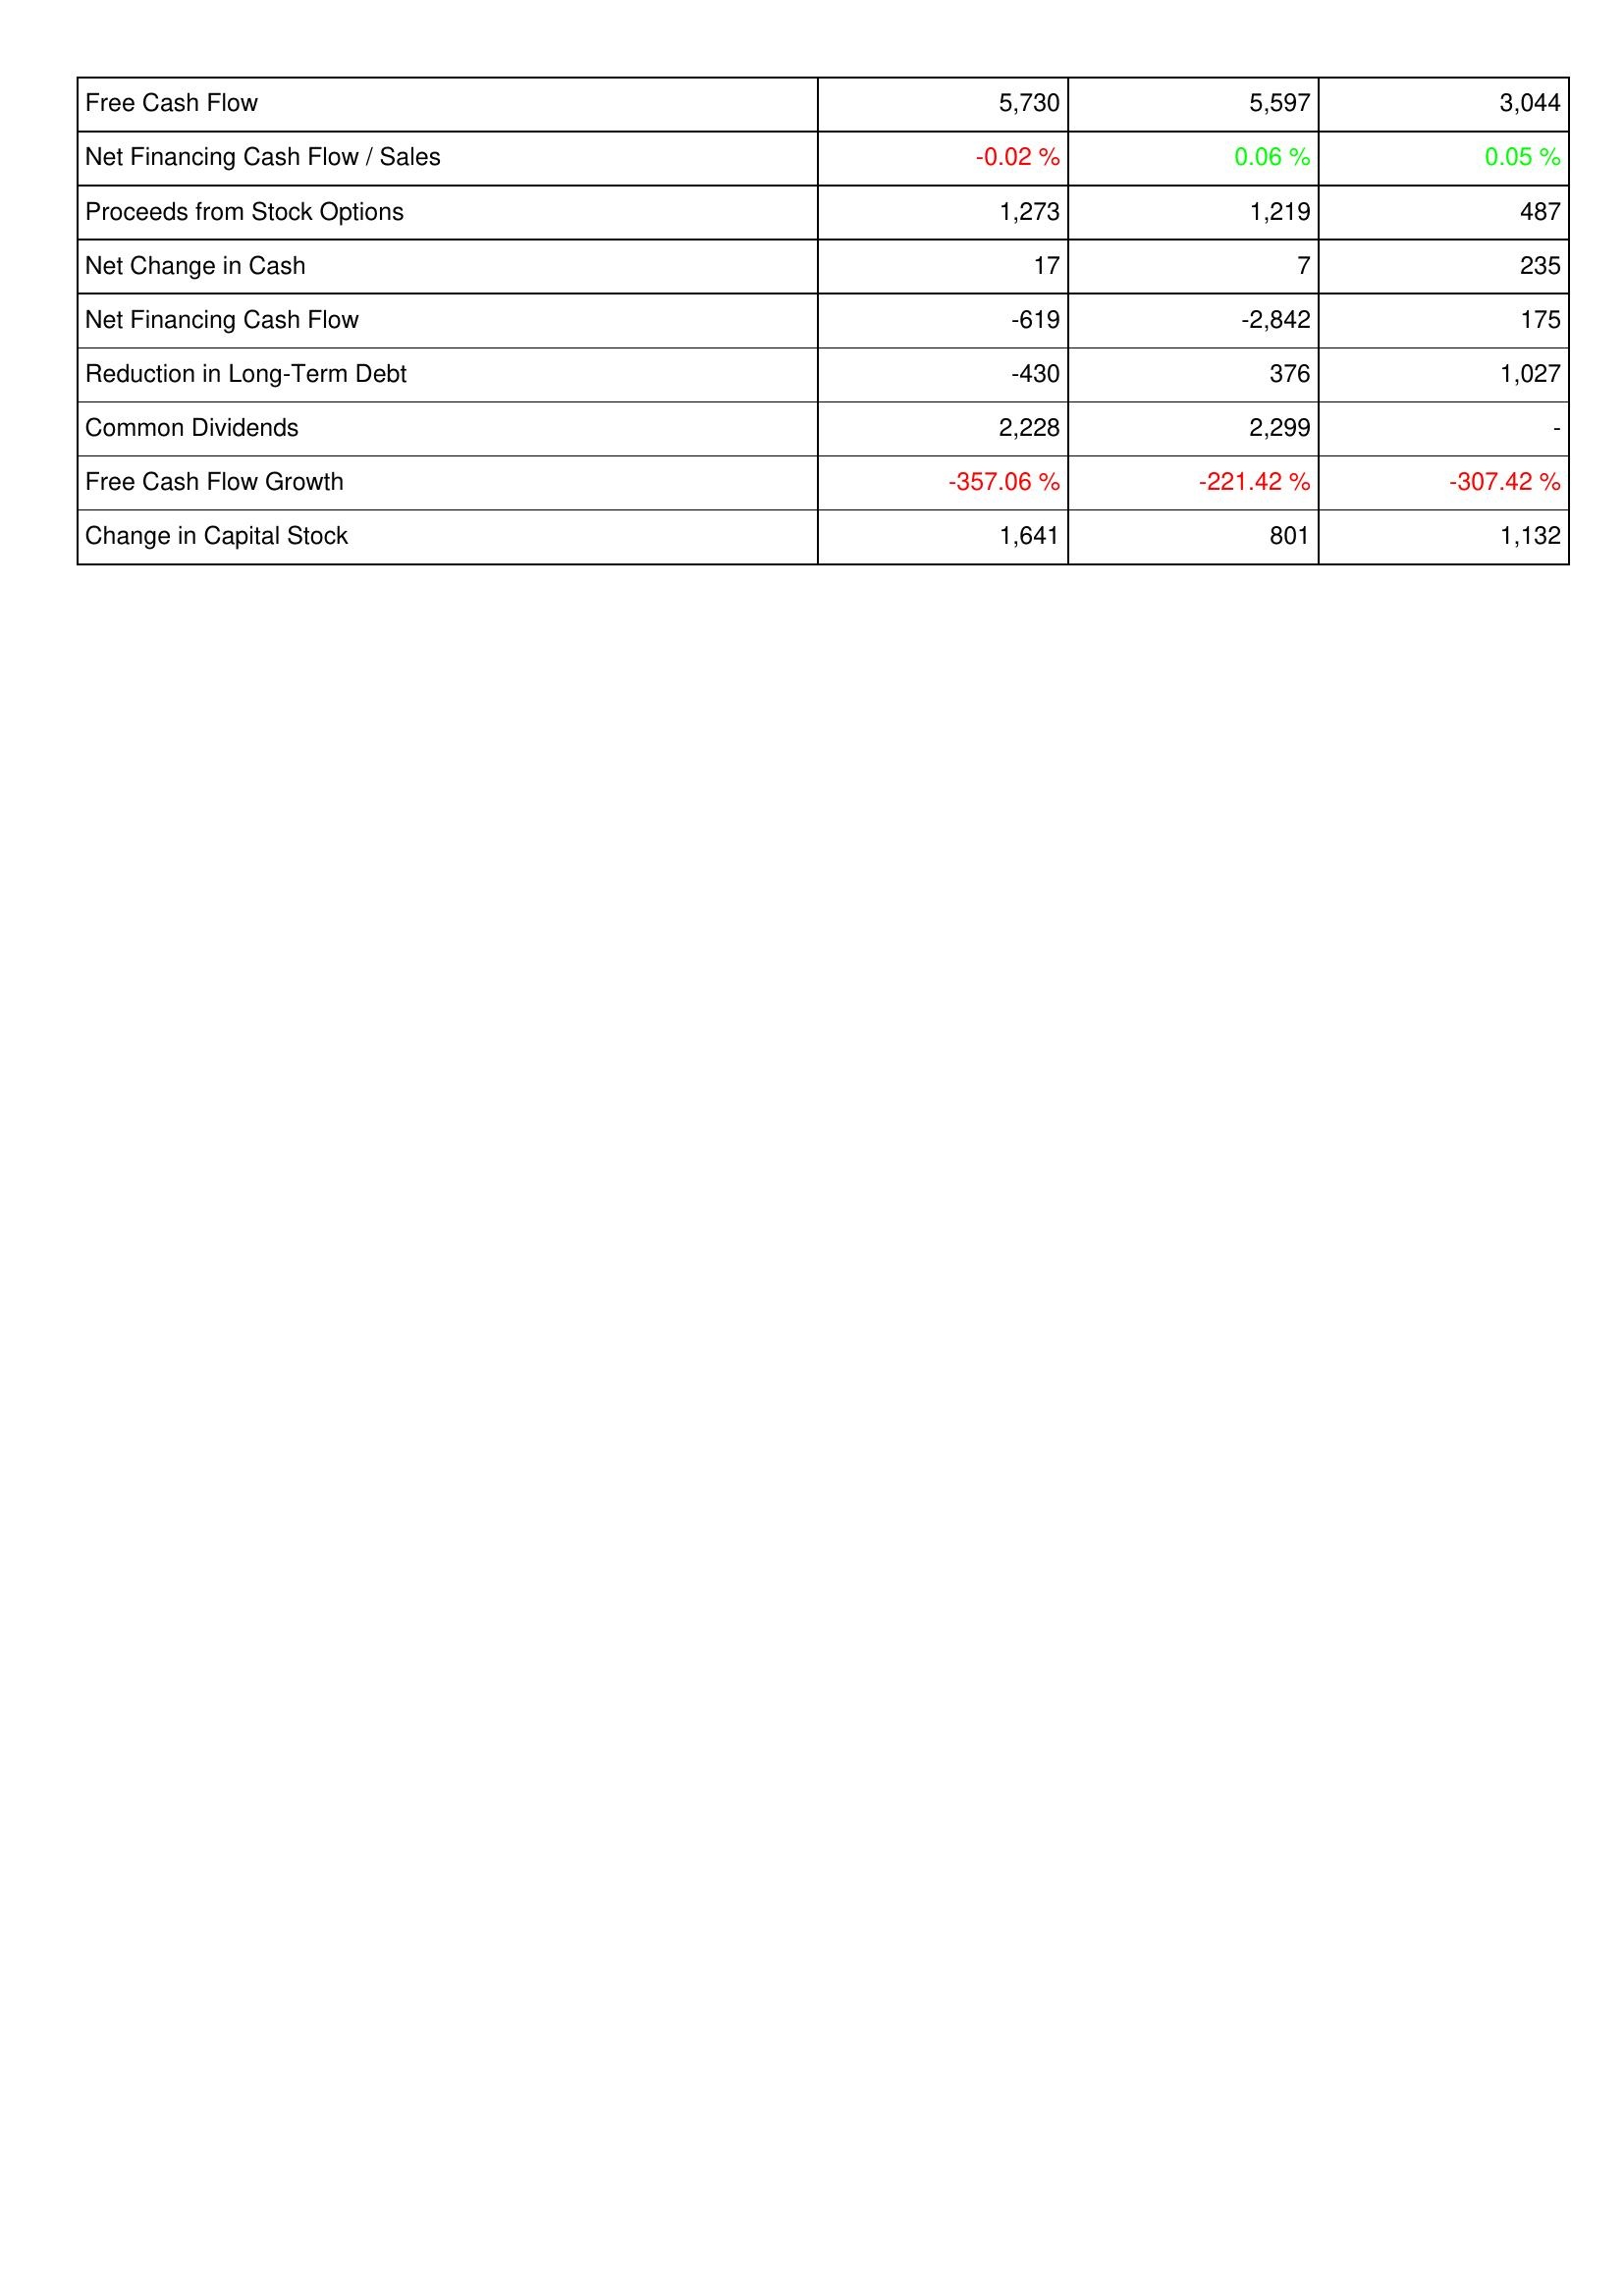
2009: Financing Activities: Free Cash Flow: 5,730
Net Financing Cash Flow / Sales: -0.02 %
Proceeds from Stock Options: 1,273
Net Change in Cash: 17
Net Financing Cash Flow: -619
Reduction in Long-Term Debt: -430
Common Dividends: 2,228
Free Cash Flow Growth: -357.06 %
Change in Capital Stock: 1,641
2010: Financing Activities: Free Cash Flow: 5,597
Net Financing Cash Flow / Sales: 0.06 %
Proceeds from Stock Options: 1,219
Net Change in Cash: 7
Net Financing Cash Flow: -2,842
Reduction in Long-Term Debt: 376
Common Dividends: 2,299
Free Cash Flow Growth: -221.42 %
Change in Capital Stock: 801
2011: Financing Activities: Free Cash Flow: 3,044
Net Financing Cash Flow / Sales: 0.05 %
Proceeds from Stock Options: 487
Net Change in Cash: 235
Net Financing Cash Flow: 175
Reduction in Long-Term Debt: 1,027
Common Dividends: -
Free Cash Flow Growth: -307.42 %
Change in Capital Stock: 1,132